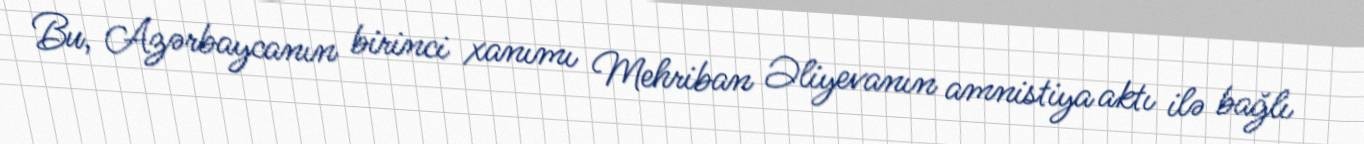
Bu, Azərbaycanın birinci xanımı Mehriban Əliyevanın amnistiya aktı ilə bağlı